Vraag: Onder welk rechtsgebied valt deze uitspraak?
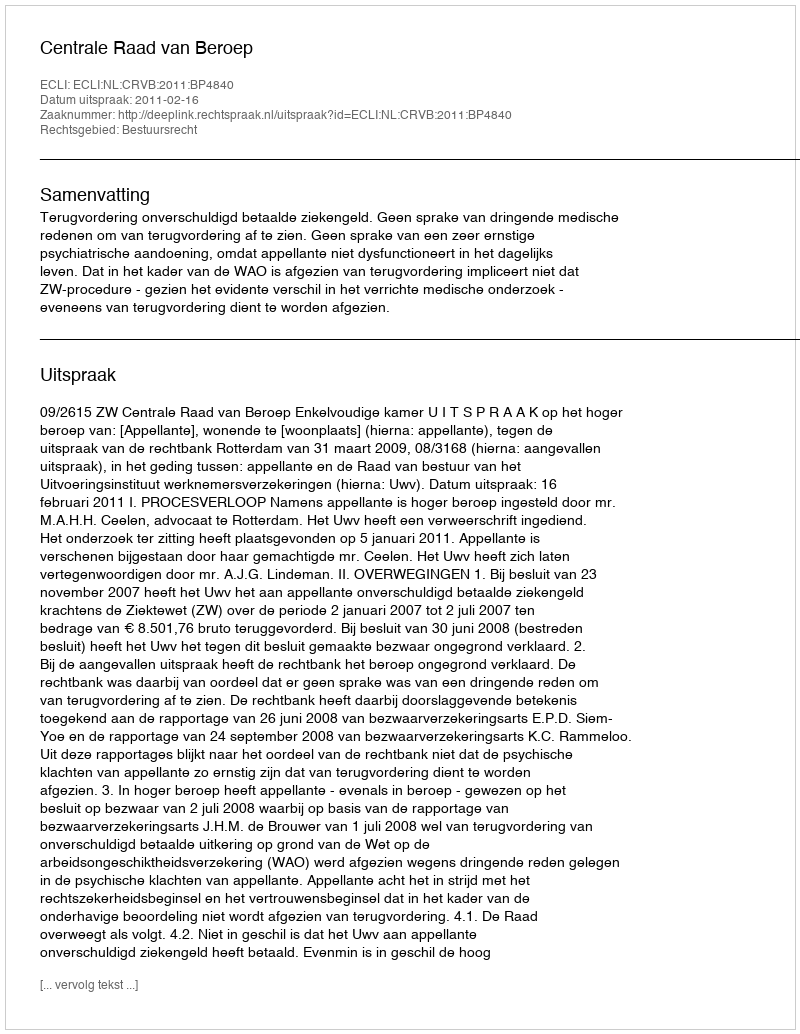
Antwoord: Bestuursrecht